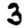
Digit: 3